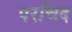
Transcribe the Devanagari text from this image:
परचिद